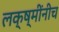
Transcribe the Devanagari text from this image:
लक्ष्मींनीच